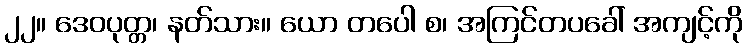
၂၂။ ဒေဝပုတ္တ၊ နတ်သား။ ယော တပေါ စ၊ အကြင်တပခေါ် အကျင့်ကို